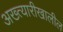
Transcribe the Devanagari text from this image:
अख्त्यारीखालील